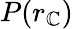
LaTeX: P(r_{\mathbb{C}})